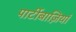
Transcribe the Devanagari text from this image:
पार्टीबाज़ियां